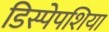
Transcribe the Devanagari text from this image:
डिस्पेपशिया